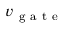
v _ { \mathrm { ~ g ~ a ~ t ~ e ~ } }